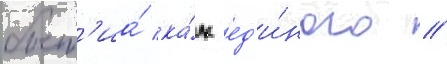
быт'иа́ ка́к ед'и́ного //